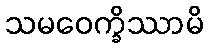
သမဝေက္ခိဿာမိ